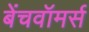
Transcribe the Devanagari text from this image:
बेंचवॉमर्स